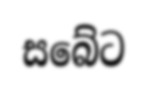
සබේට